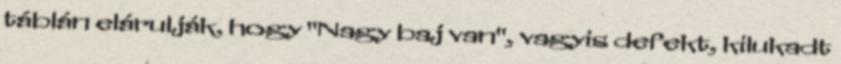
táblán elárulják, hogy "Nagy baj van", vagyis defekt, kilukadt